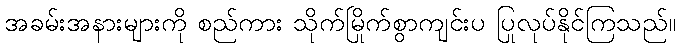
အခမ်းအနားများကို စည်ကား သိုက်မြိုက်စွာကျင်းပ ပြုလုပ်နိုင်ကြသည်။